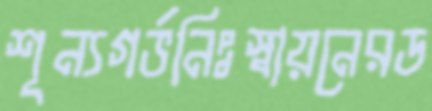
শূন্যগর্ভনিঃস্বায়নেরড